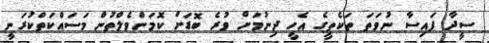
ސީދާ ފައިސާ ނުވަތަ ތަކެތީގެ އެހީ ދިނުމަށް ވުރެ ބޮޑަށް ކޮމަންވެލްތުން މަސައްކަތްކުރަނީ